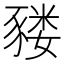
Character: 𰶬